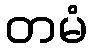
တမံ